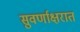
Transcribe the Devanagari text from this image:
सुवर्णाक्षरात